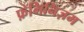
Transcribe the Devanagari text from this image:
फ़ेमिनिज़म